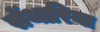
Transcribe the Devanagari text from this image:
सेंथारिया